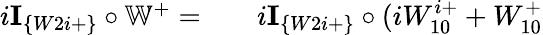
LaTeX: \begin{array}{rlr}{i\textbf{I}_{\{ W2i+\} }\circ\mathbb{W}^{+}=}&{{}}&{i\textbf{I}_{\{ W2i+\} }\circ(iW_{10}^{i+}+W_{10}^{+}}\end{array}